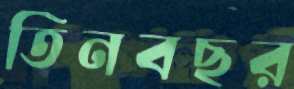
তিনবছর